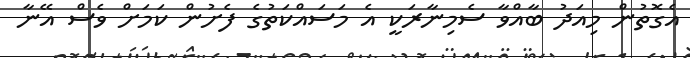
އެގޮތުން މިއަދު ބާއްވާ ސެމިނާރަކީ އެ މަސައްކަތުގެ ފެށުން ކަމަށް ވެސް އޭނާ